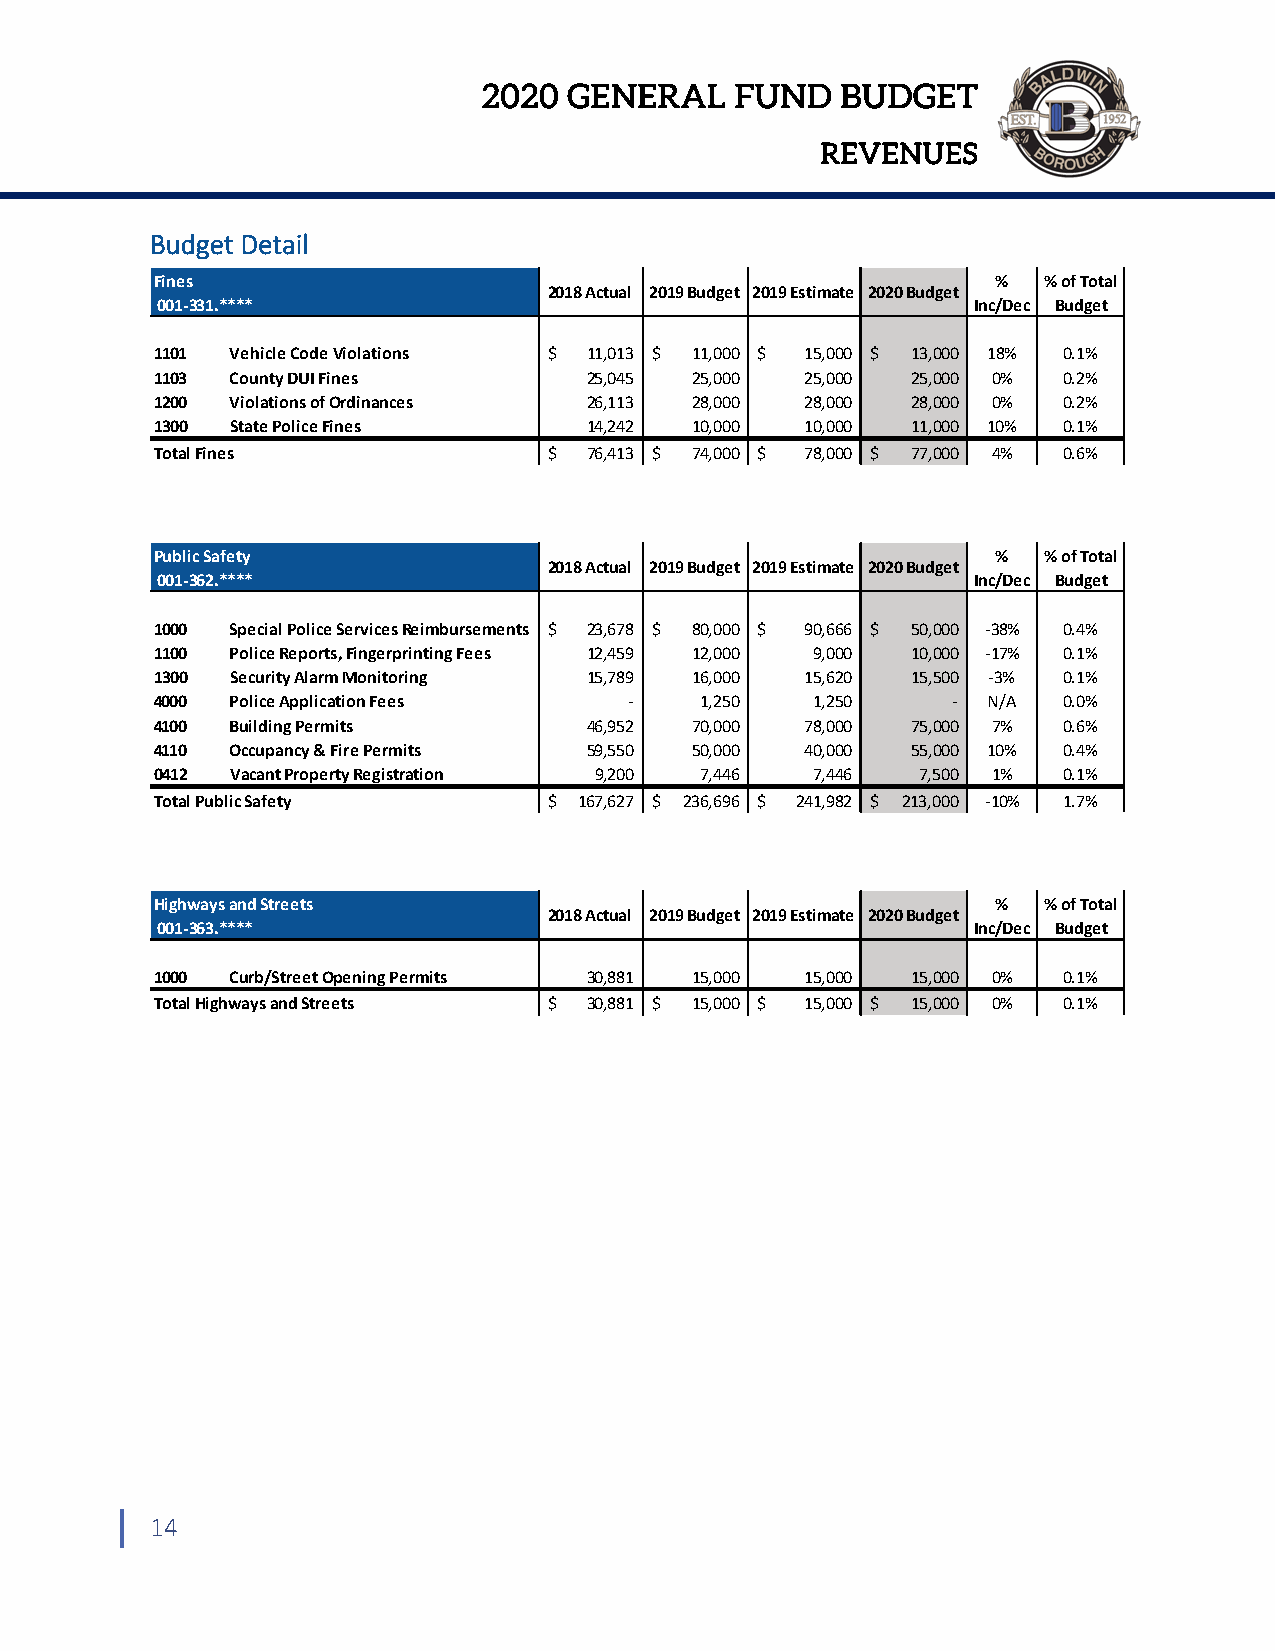
2020  GENERAL    FUND   BUDGET
 REVENUES
 Budget Detail
 Fines                                                   %  % of Total
 2018 Actual 2019 Budget 2019 Estimate 2020 Budget
 001‐331.****                                          Inc/Dec Budget
 1101 Vehicle Code Violations $ 11,013 $ 11,000 $ 15,000 $ 13,000 18% 0.1%
 1103 County DUI Fines        25,045 25,000 25,000 25,000 0% 0.2%
 1200 Violations of Ordinances 26,113 28,000 28,000 28,000 0% 0.2%
 1300 State Police Fines      14,242 10,000 10,000 11,000 10% 0.1%
 Total Fines               $  76,413 $ 74,000 $ 78,000 $ 77,000 4% 0.6%
 Public Safety                                           %  % of Total
 2018 Actual 2019 Budget 2019 Estimate 2020 Budget
 001‐362.****                                          Inc/Dec Budget
 1000 Special Police Services Reimbursements $ 23,678 $ 80,000 $ 90,666 $ 50,000 ‐38% 0.4%
 1100 Police Reports, Fingerprinting Fees 12,459 12,000 9,000 10,000 ‐17% 0.1%
 1300 Security Alarm Monitoring 15,789 16,000 15,620 15,500 ‐3% 0.1%
 4000 Police Application Fees    ‐   1,250   1,250    ‐ N/A  0.0%
 4100 Building Permits        46,952 70,000 78,000 75,000 7% 0.6%
 4110 Occupancy & Fire Permits 59,550 50,000 40,000 55,000 10% 0.4%
 0412 Vacant Property Registration 9,200 7,446 7,446 7,500 1% 0.1%
 Total Public Safety       $ 167,627 $ 236,696 $ 241,982 $ 213,000 ‐10% 1.7%
 Highways and Streets                                    %  % of Total
 2018 Actual 2019 Budget 2019 Estimate 2020 Budget
 001‐363.****                                          Inc/Dec Budget
 1000 Curb/Street Opening Permits 30,881 15,000 15,000 15,000 0% 0.1%
 Total Highways and Streets $ 30,881 $ 15,000 $ 15,000 $ 15,000 0% 0.1%
 14